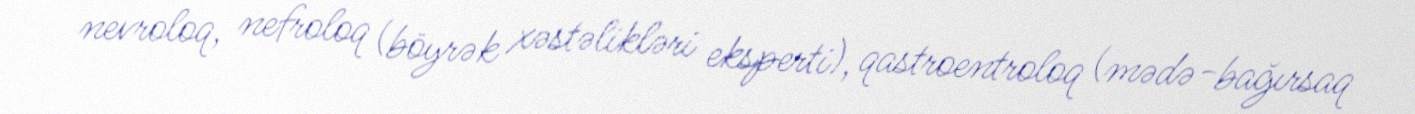
nevroloq, nefroloq (böyrək xəstəlikləri eksperti), qastroentroloq (mədə-bağırsaq